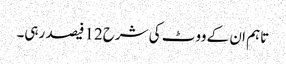
تاہم ان کے ووٹ کی شرح12 فیصد رہی۔